画像に写った文字を読んでください
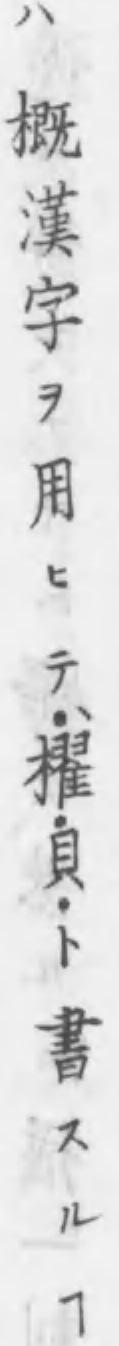
「ハ概漢字ヲ用ヒテ、･櫂･貝･ト書スルヿ」と書いてあります